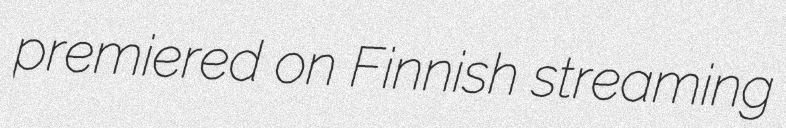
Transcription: premiered on Finnish streaming